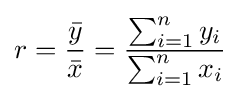
r={\frac {\bar {y}}{\bar {x}}}={\frac {\sum _{i=1}^{n}y_{i}}{\sum _{i=1}^{n}x_{i}}}